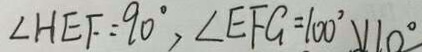
\angle H E F = 9 0 ^ { \circ } , \angle E F G = 1 0 0 ^ { \circ } v 1 0 ^ { \circ }